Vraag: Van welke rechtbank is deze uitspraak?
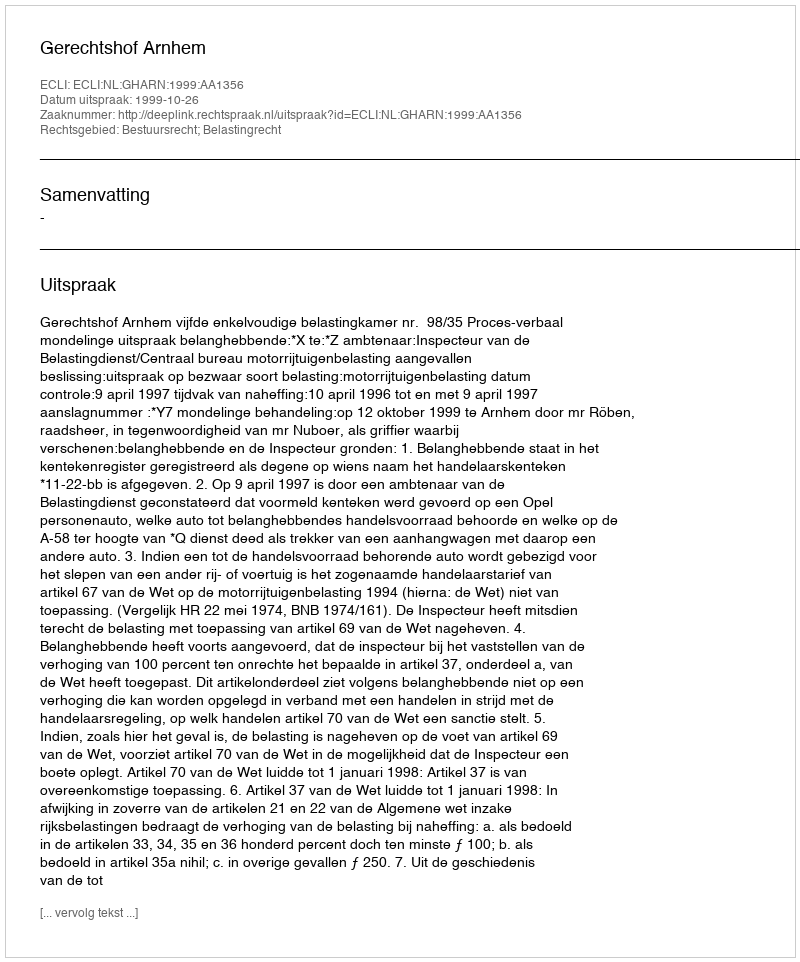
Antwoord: Gerechtshof Arnhem